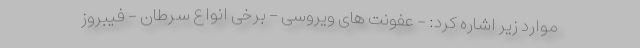
موارد زیر اشاره کرد: - عفونت های ویروسی - برخی انواع سرطان - فیبروز